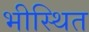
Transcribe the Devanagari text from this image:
भीस्थित